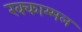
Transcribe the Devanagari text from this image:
रक्काम्मल